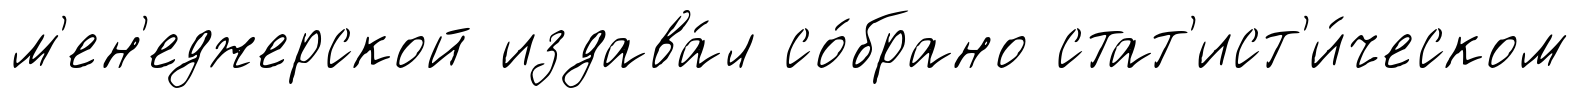
м'ен'еджерской издава́л со́брано стат'ист'и́ческом